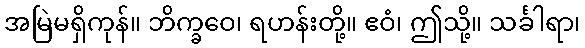
အမြဲမရှိကုန်။ ဘိက္ခဝေ၊ ရဟန်းတို့။ ဧဝံ၊ ဤသို့။ သင်္ခါရာ၊